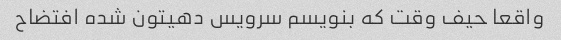
واقعا حیف وقت که بنویسم سرویس دهیتون شده افتضاح